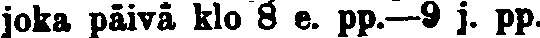
joka päivä klo 8 e. pp.—9 j. pp.